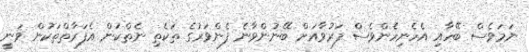
ނަމަވެސް ބޭހާއި އެހެނިހެންވެސް ފަރުވާއަށް ބޭނުންވާނެ ފެންވަރުގެ ތަކެތި ނެތްކަން އެފަރާތްތަކުން ވަނީ